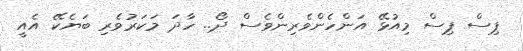
ޕިސް ޕިސް މިއުޅޭ އަންހެންވެރިންވެސް ދޯ.. ހާދަ މަކަރުވެރި ބަޔެކޭ އެއީ